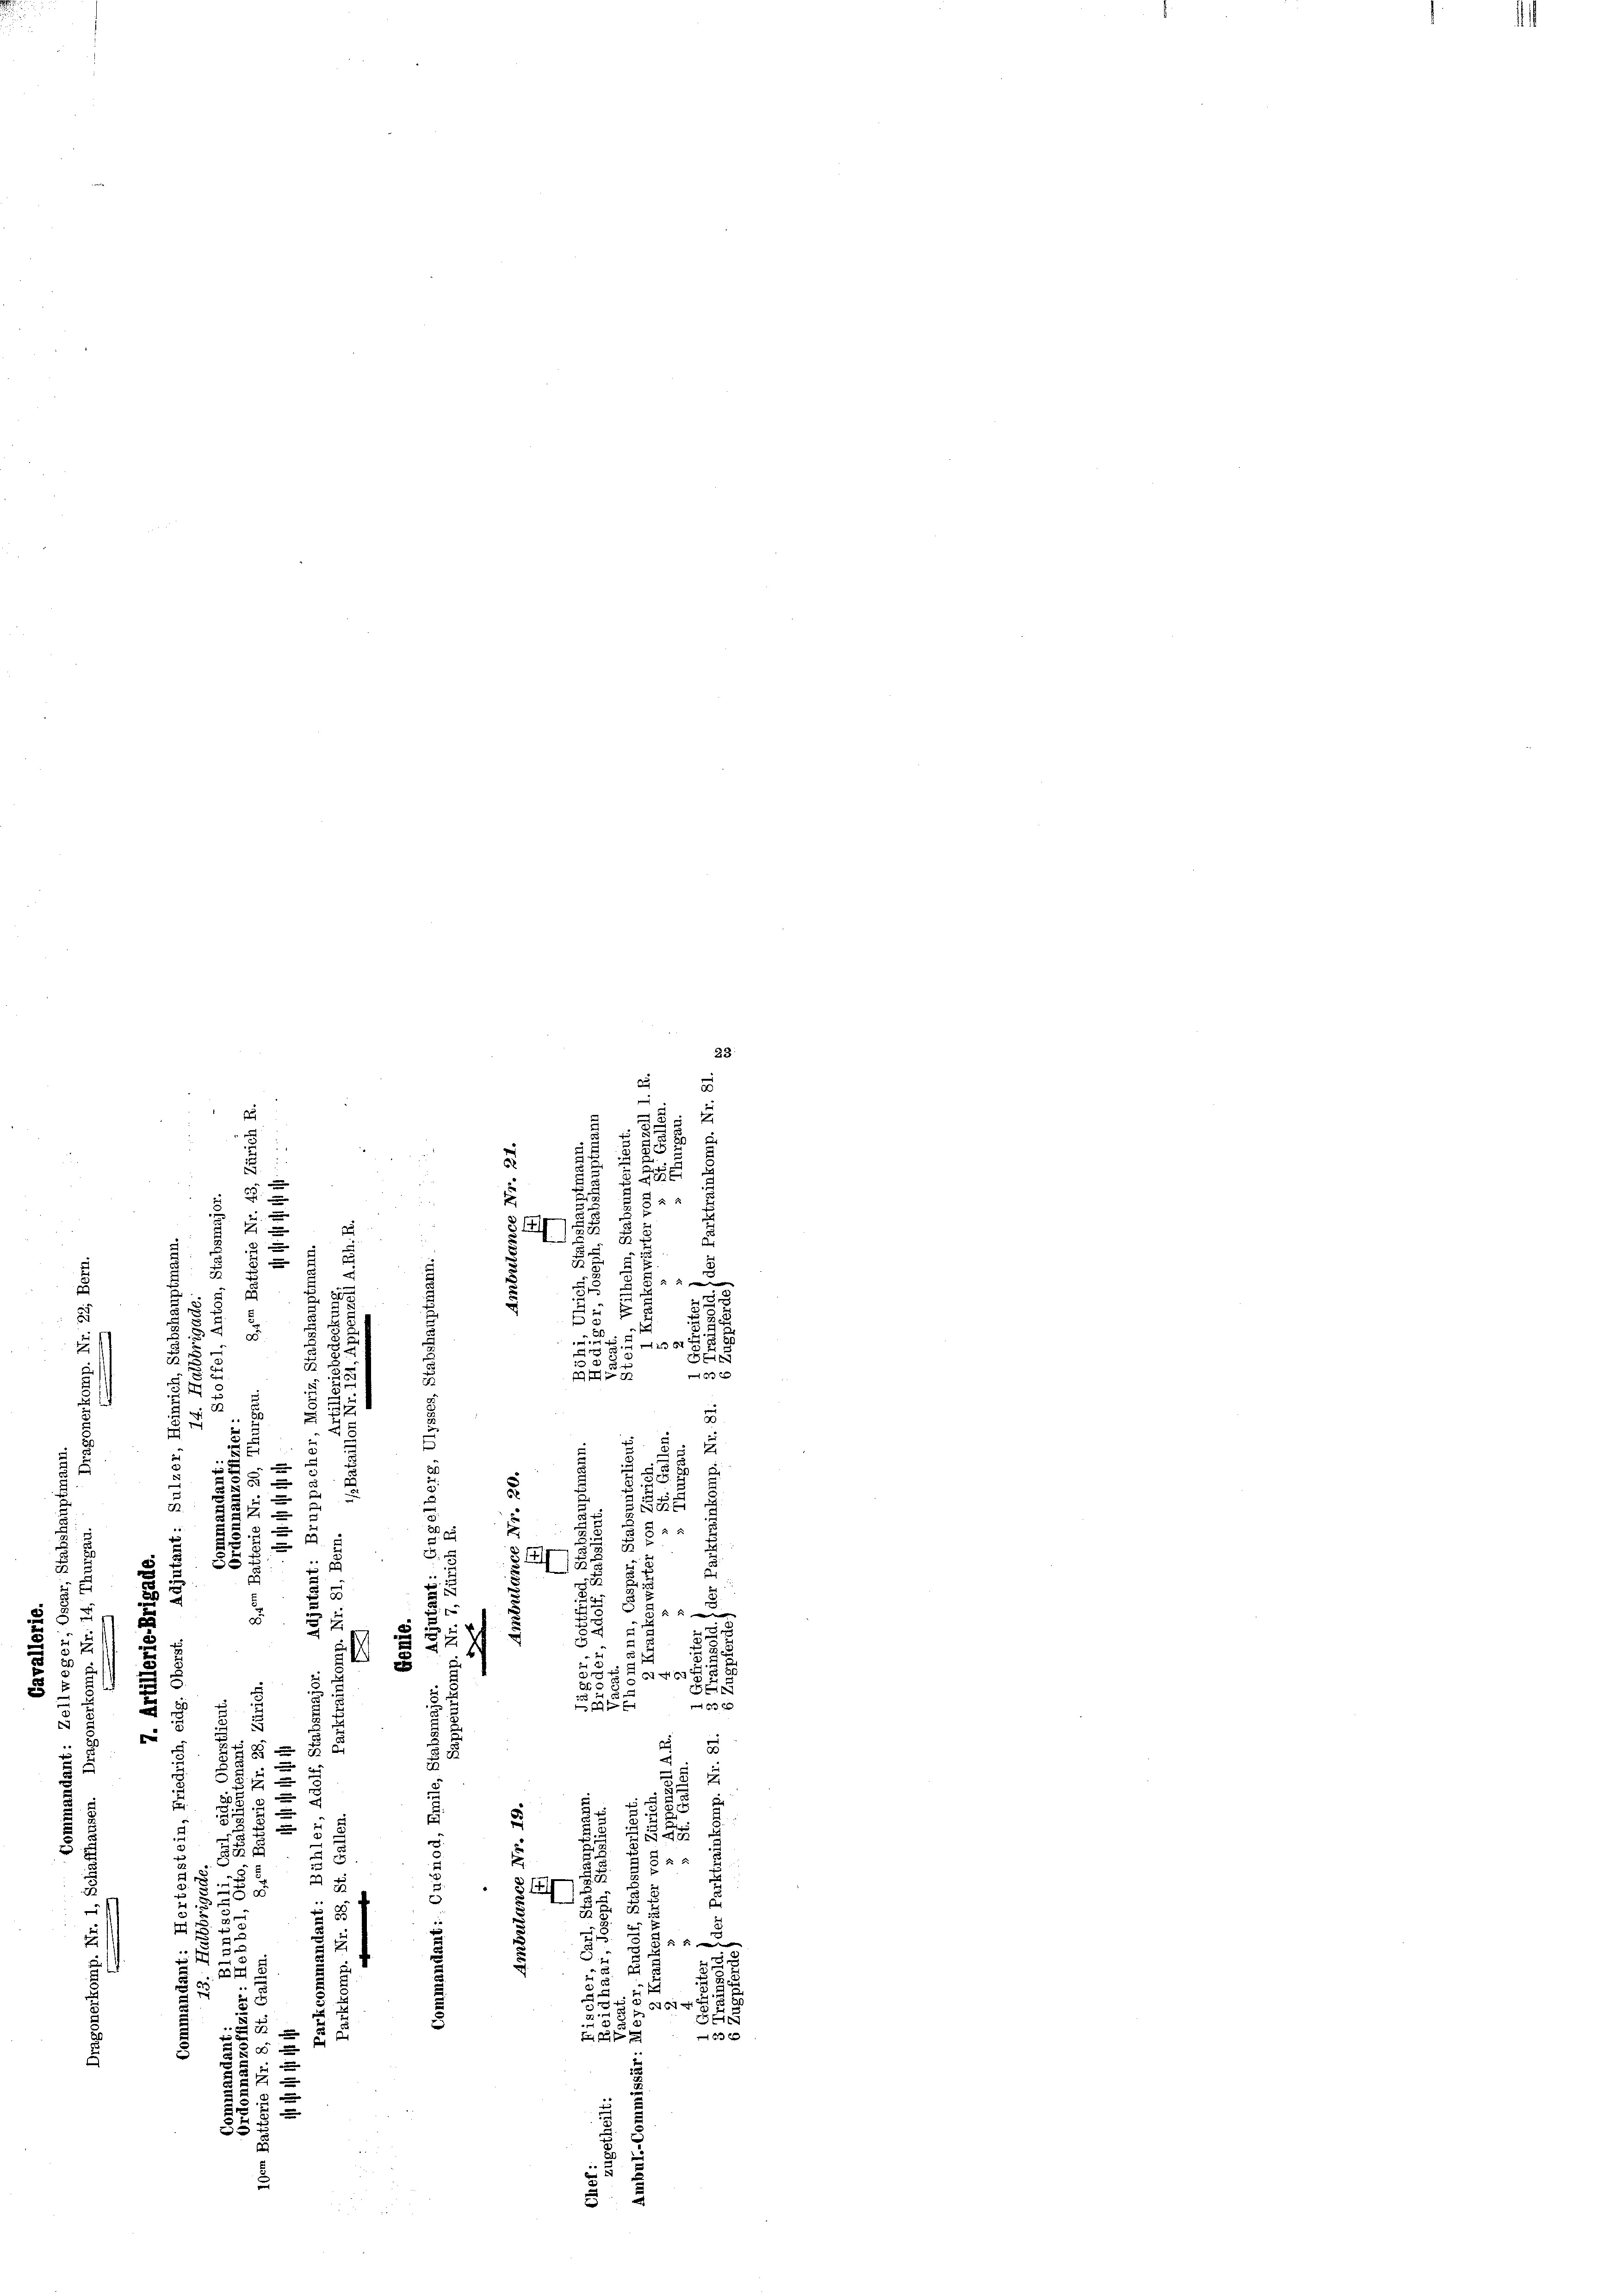
33
e

 2
7
den
u
e
e
e

e
u
.
5
i
u

.
2
2
2
e
48.
s
3
 0 x

8
n
¬
.
e
.
6 x
e
n
s

.
u
u
e
n
6
 55
u
e
s
x

“
.
8
B.

 x
§ 8
d
x
 5
e

.
35 x

1
15

2

u

 f 6 x
2
8
s
28
.
5
2
h
a
r
2
2
 8
b
5
2
¬
 40 x
.

.

2
3
2
.
63 x
20
 f
2
s
4
3
F
.
¬
s
xx
e
x
n
s
x
a
.
u
a

22
.
.

e
8

r

e
u
x
¬
.
2
2
 8
D
.

u
F
3
e
5

t
.
2

e
3
n
e
u
0 x
2
d
 3
f

e
2
x
 0 f 40 xx
e

8
f
 x
d
f 0 x
5
u
5
1
4
.
35
in
e